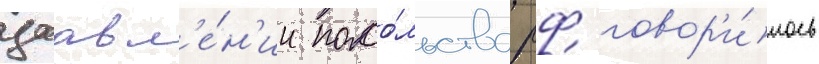
заавл'е́н'ии посо́льства рф говор'и́лось